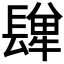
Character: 𨲥